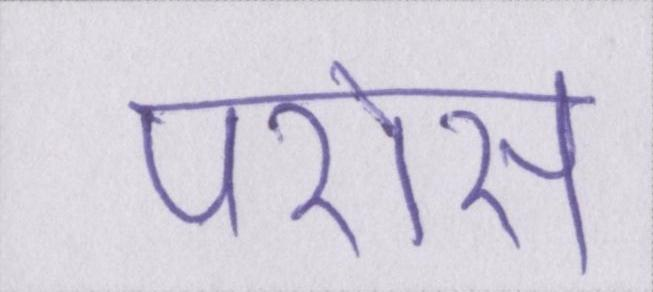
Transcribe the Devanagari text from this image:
परोस